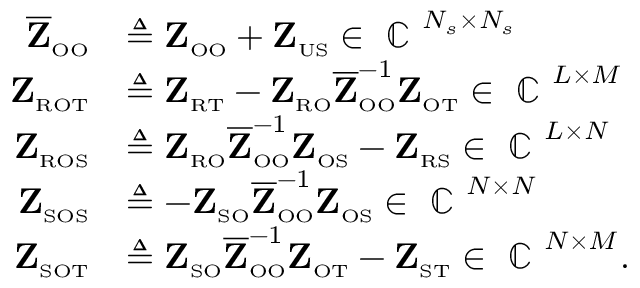
\begin{array} { r l } { \overline { { \mathbf { Z } } } _ { \scriptscriptstyle \mathrm { O } \scriptscriptstyle \mathrm { O } } } & { \triangleq \mathbf { Z } _ { \scriptscriptstyle \mathrm { O } \scriptscriptstyle \mathrm { O } } + \mathbf { Z } _ { \scriptscriptstyle \mathrm { U S } } \in \mathrm { ~ \mathbb { C } ~ } ^ { N _ { s } \times N _ { s } } } \\ { \mathbf { Z } _ { \scriptscriptstyle \mathrm { R } \scriptscriptstyle \mathrm { O } \scriptscriptstyle \mathrm { T } } } & { \triangleq \mathbf { Z } _ { \scriptscriptstyle \mathrm { R } \scriptscriptstyle \mathrm { T } } - \mathbf { Z } _ { \scriptscriptstyle \mathrm { R } \scriptscriptstyle \mathrm { O } } \overline { { \mathbf { Z } } } _ { \scriptscriptstyle \mathrm { O } \scriptscriptstyle \mathrm { O } } ^ { - 1 } \mathbf { Z } _ { \scriptscriptstyle \mathrm { O } \scriptscriptstyle \mathrm { T } } \in \mathrm { ~ \mathbb { C } ~ } ^ { L \times M } } \\ { \mathbf { Z } _ { \scriptscriptstyle \mathrm { R } \scriptscriptstyle \mathrm { O } \scriptscriptstyle \mathrm { S } } } & { \triangleq \mathbf { Z } _ { \scriptscriptstyle \mathrm { R } \scriptscriptstyle \mathrm { O } } \overline { { \mathbf { Z } } } _ { \scriptscriptstyle \mathrm { O } \scriptscriptstyle \mathrm { O } } ^ { - 1 } \mathbf { Z } _ { \scriptscriptstyle \mathrm { O } \scriptscriptstyle \mathrm { S } } - \mathbf { Z } _ { \scriptscriptstyle \mathrm { R } \scriptscriptstyle \mathrm { S } } \in \mathrm { ~ \mathbb { C } ~ } ^ { L \times N } } \\ { \mathbf { Z } _ { \scriptscriptstyle \mathrm { S } \scriptscriptstyle \mathrm { O } \scriptscriptstyle \mathrm { S } } } & { \triangleq - \mathbf { Z } _ { \scriptscriptstyle \mathrm { S } \scriptscriptstyle \mathrm { O } } \overline { { \mathbf { Z } } } _ { \scriptscriptstyle \mathrm { O } \scriptscriptstyle \mathrm { O } } ^ { - 1 } \mathbf { Z } _ { \scriptscriptstyle \mathrm { O } \scriptscriptstyle \mathrm { S } } \in \mathrm { ~ \mathbb { C } ~ } ^ { N \times N } } \\ { \mathbf { Z } _ { \scriptscriptstyle \mathrm { S } \scriptscriptstyle \mathrm { O } \scriptscriptstyle \mathrm { T } } } & { \triangleq \mathbf { Z } _ { \scriptscriptstyle \mathrm { S } \scriptscriptstyle \mathrm { O } } \overline { { \mathbf { Z } } } _ { \scriptscriptstyle \mathrm { O } \scriptscriptstyle \mathrm { O } } ^ { - 1 } \mathbf { Z } _ { \scriptscriptstyle \mathrm { O } \scriptscriptstyle \mathrm { T } } - \mathbf { Z } _ { \scriptscriptstyle \mathrm { S } \scriptscriptstyle \mathrm { T } } \in \mathrm { ~ \mathbb { C } ~ } ^ { N \times M } . } \end{array}